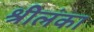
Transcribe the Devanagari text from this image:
श्रीलंंका